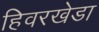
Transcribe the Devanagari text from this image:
हिवरखेडा